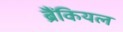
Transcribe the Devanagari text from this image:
ब्रैंकियल